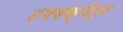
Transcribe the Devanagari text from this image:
उभयक्षेत्र